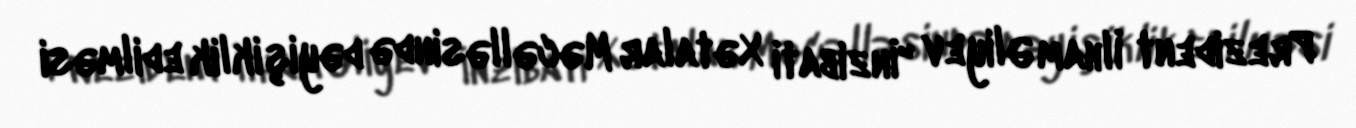
Prezident İlham Əliyev "İnzibati Xətalar Məcəlləsində dəyişiklik edilməsi